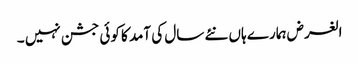
الغرض ہمارے ہاں نئے سال کی آمد کا کوئی جشن نہیں ۔